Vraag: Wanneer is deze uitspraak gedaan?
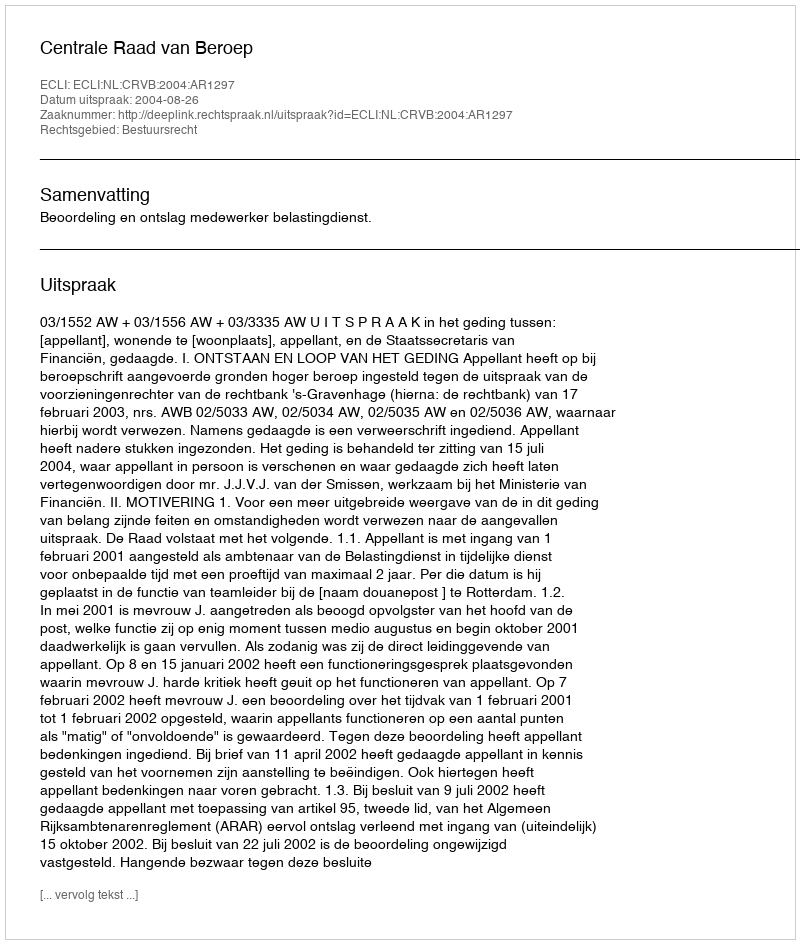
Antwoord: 2004-08-26